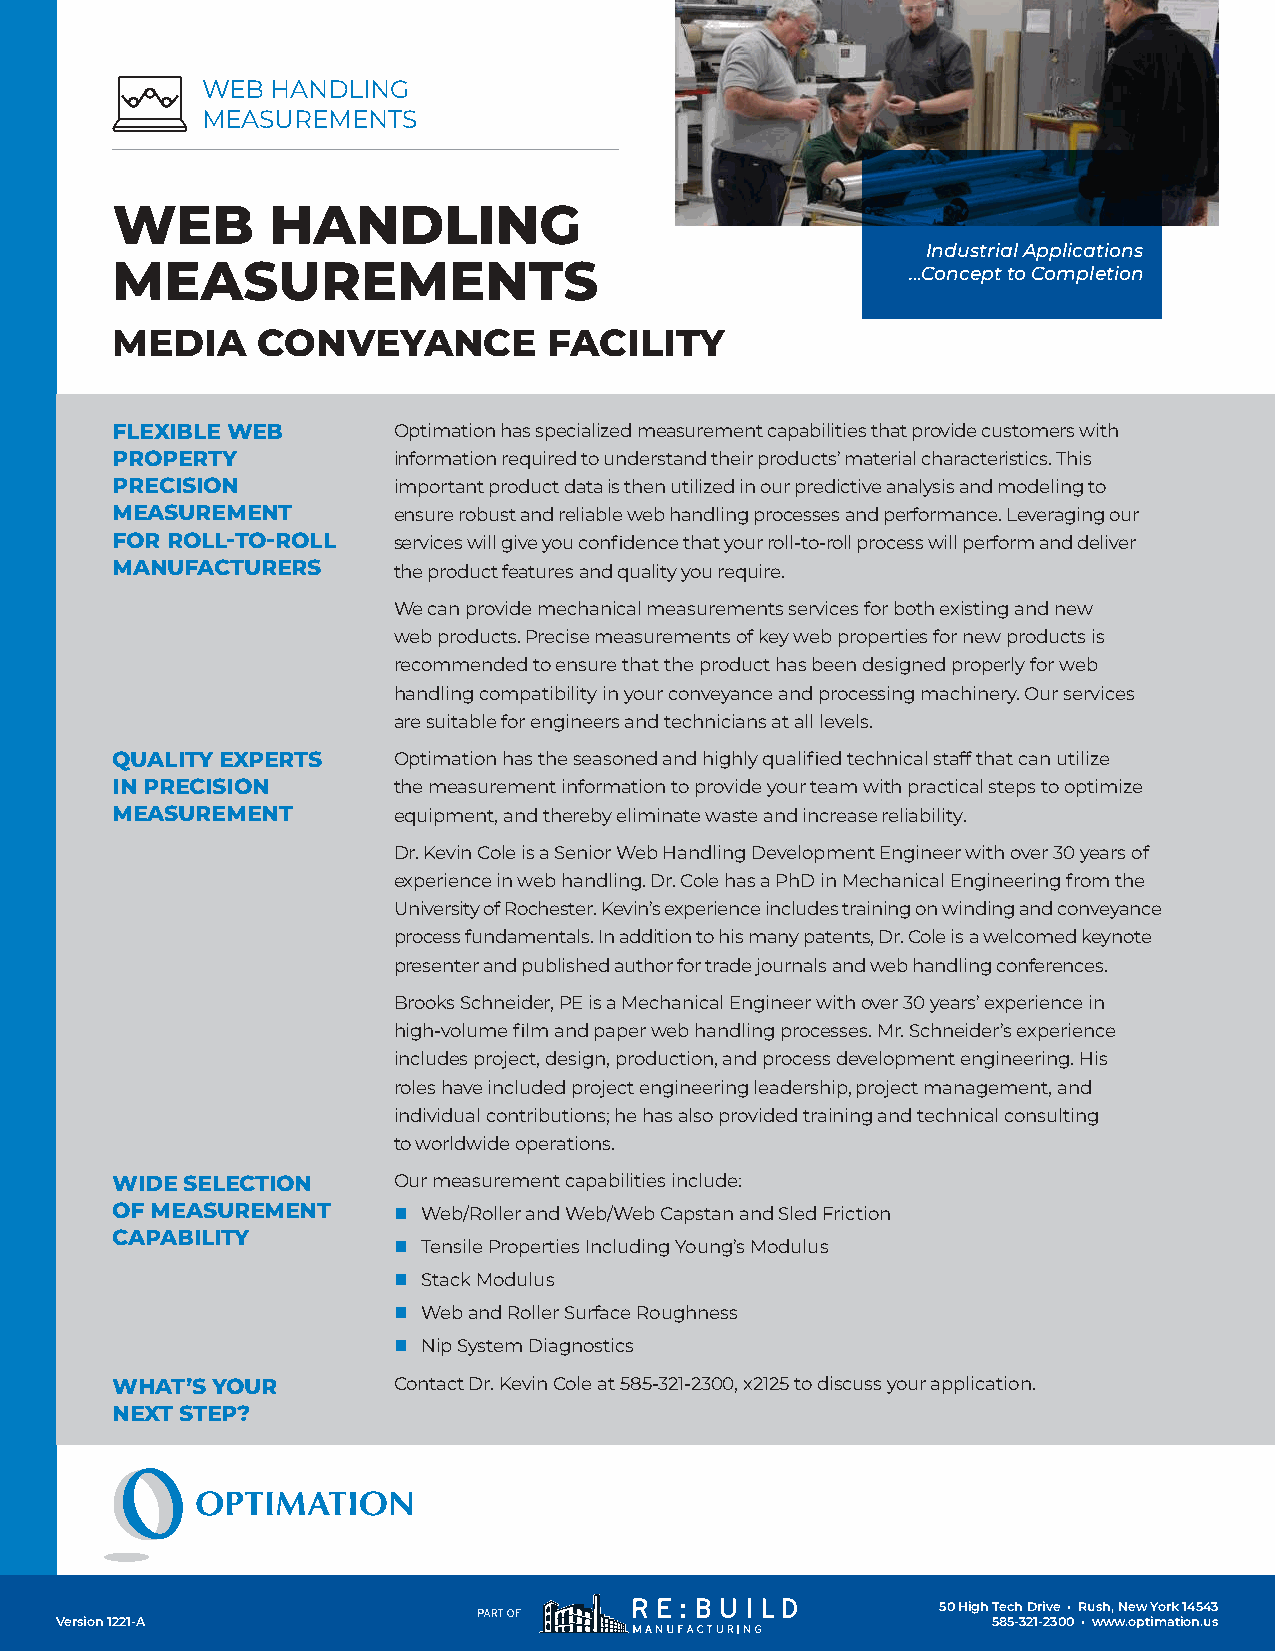
WEB  HANDLING
 MEASUREMENTS
 WEB        HANDLING
 Industrial Applications
 MEASUREMENTS
 …Concept to Completion
 MEDIA     CONVEYANCE         FACILITY
 FLEXIBLE WEB       Optimation has specialized measurement capabilities that provide customers with
 PROPERTY           information required to understand their products’ material characteristics. This
 PRECISION          important product data is then utilized in our predictive analysis and modeling to
 MEASUREMENT        ensure robust and reliable web handling processes and performance. Leveraging our
 FOR ROLL-TO-ROLL   services will give you confidence that your roll-to-roll process will perform and deliver
 MANUFACTURERS
 the product features and quality you require.
 We can provide mechanical measurements services for both existing and new
 web products. Precise measurements of key web properties for new products is
 recommended to ensure that the product has been designed properly for web
 handling compatibility in your conveyance and processing machinery. Our services
 are suitable for engineers and technicians at all levels.
 QUALITY EXPERTS    Optimation has the seasoned and highly qualified technical staff that can utilize
 IN PRECISION       the measurement information to provide your team with practical steps to optimize
 MEASUREMENT        equipment, and thereby eliminate waste and increase reliability.
 Dr. Kevin Cole is a Senior Web Handling Development Engineer with over 30 years of
 experience in web handling. Dr. Cole has a PhD in Mechanical Engineering from the
 University of Rochester. Kevin’s experience includes training on winding and conveyance
 process fundamentals. In addition to his many patents, Dr. Cole is a welcomed keynote
 presenter and published author for trade journals and web handling conferences.
 Brooks Schneider, PE is a Mechanical Engineer with over 30 years’ experience in
 high-volume film and paper web handling processes. Mr. Schneider’s experience
 includes project, design, production, and process development engineering. His
 roles have included project engineering leadership, project management, and
 individual contributions; he has also provided training and technical consulting
 to worldwide operations.
 WIDE SELECTION     Our measurement capabilities include:
 OF MEASUREMENT     n Web/Roller and Web/Web Capstan and Sled Friction
 CAPABILITY
 n Tensile Properties Including Young’s Modulus
 n Stack Modulus
 n Web and Roller Surface Roughness
 n Nip System Diagnostics
 WHAT’S YOUR        Contact Dr. Kevin Cole at 585-321-2300, x2125 to discuss your application.
 NEXT STEP?
 50 High Tech Drive • Rush, New York 14543
 Version 1221-A                                                585-321-2300 • www.optimation.us